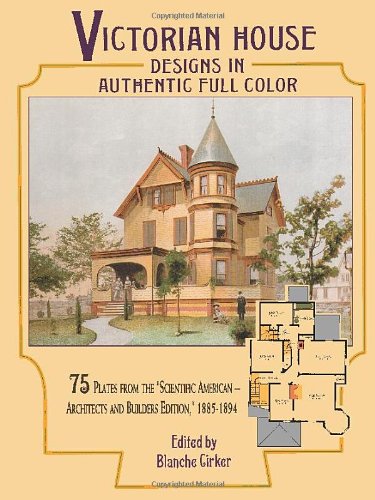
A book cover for Victorian House Designs in Authentic Full Color: 75 Plates from the "Scientific American -- Architects and Builders Edition," 1885-1894 (Dover Architecture); Arts & Photography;